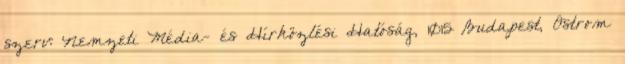
szerv: Nemzeti Média- és Hírközlési Hatóság, 1015 Budapest, Ostrom